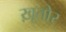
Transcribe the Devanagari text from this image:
ख़ूतोर